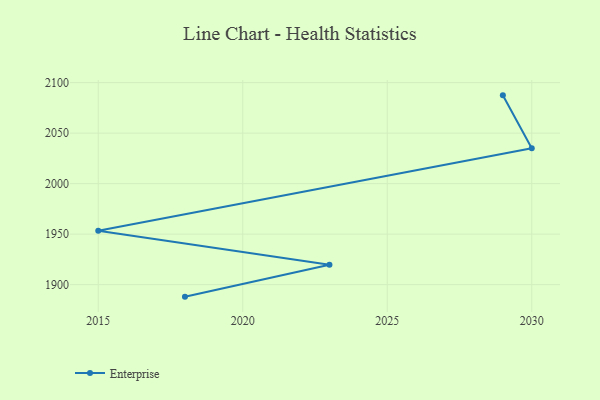
{"axis": {"x": "Year", "y": "Demand Index"}, "legend": ["Enterprise"], "data": [{"x": "2029", "y": 2087.4, "type": "Enterprise"}, {"x": "2030", "y": 2035.0, "type": "Enterprise"}, {"x": "2015", "y": 1953.4, "type": "Enterprise"}, {"x": "2023", "y": 1919.6, "type": "Enterprise"}, {"x": "2018", "y": 1888.1, "type": "Enterprise"}]}